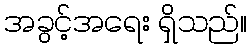
အခွင့်အရေး ရှိသည်။